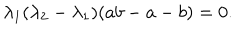
LaTeX: \lambda _ { 1 } ( \lambda _ { 2 } - \lambda _ { 1 } ) ( a b - a - b ) = 0 .